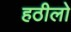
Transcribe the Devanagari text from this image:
हठीलो